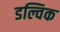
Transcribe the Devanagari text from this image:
डल्विक